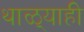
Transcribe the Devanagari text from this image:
थाळ्याही